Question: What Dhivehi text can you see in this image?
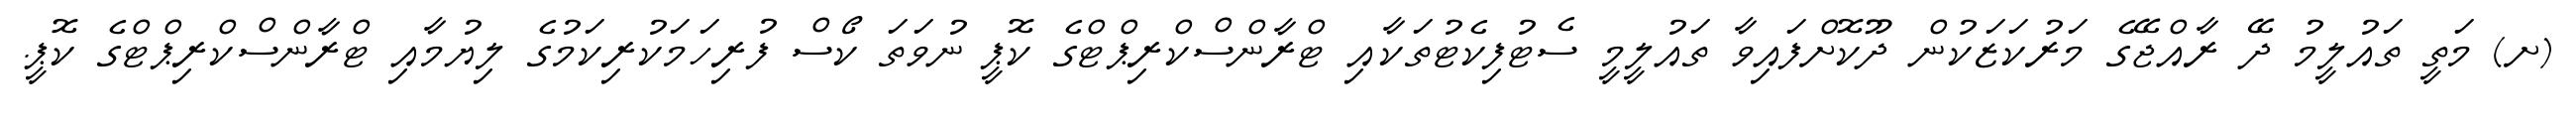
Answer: (ށ) މަތީ ތައުލީމު ދޭ ރާއްޖޭގެ މަރުކަޒަކުން ދޫކޮށްފައިވާ ތައުލީމީ ސެޓުފިކެޓުތަކާއި ޓްރާންސްކްރިޕްޓްގެ ކޮޕީ ނުވަތަ ކޯސް ފުރިހަމަކުރިކަމުގެ ލިޔުމާއި ޓްރާންސްކްރިޕްޓްގެ ކޮޕީ.